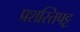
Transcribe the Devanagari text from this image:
प्रशस्तिपट्ट